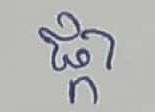
ផ្កា